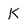
Character: K